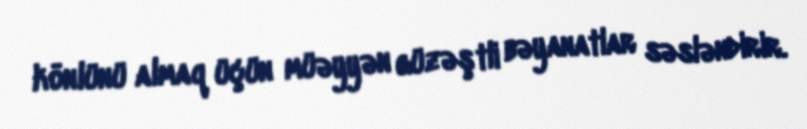
könlünü almaq üçün müəyyən güzəştli bəyanatlar səsləndirir.